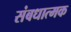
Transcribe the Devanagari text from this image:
संबधात्मक